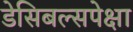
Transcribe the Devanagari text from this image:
डेसिबल्सपेक्षा